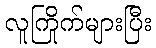
လူကြိုက်များပြီး